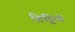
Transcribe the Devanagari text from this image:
हिट्टियों